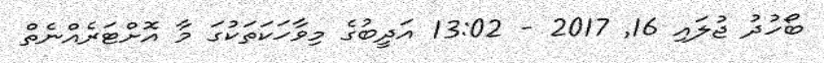
ބޯހުދު ޖުލައި 16